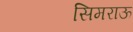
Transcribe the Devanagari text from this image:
सिमराऊ